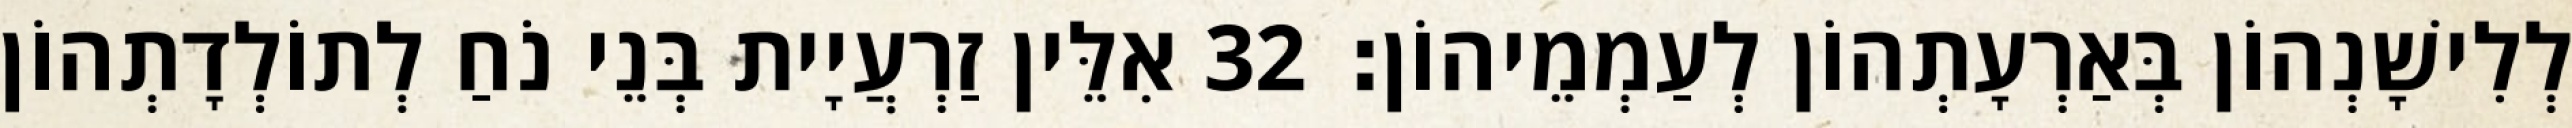
לְלִישָׁנְהוֹן בְּאַרְעָתְהוֹן לְעַמְמֵיהוֹן׃ 32 אִלֵּין זַרְעֲיָית בְּנֵי נֹחַ לְתוֹלְדָתְהוֹן